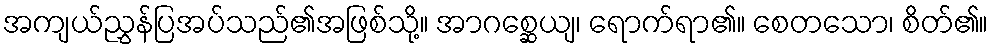
အကျယ်ညွှန်ပြအပ်သည်၏အဖြစ်သို့။ အာဂစ္ဆေယျ၊ ရောက်ရာ၏။ စေတသော၊ စိတ်၏။